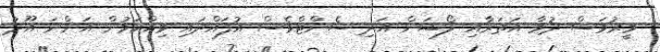
މީރުވަސް ދުވާ އަތަރާއި ލޯޝަން އަދި ސެންޓްވެސް އުފައްދައި ވިއްކަމުން އަންނަ އޫދު